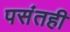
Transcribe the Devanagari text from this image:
पसंतही